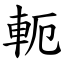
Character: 軛